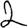
Digit: 2